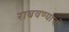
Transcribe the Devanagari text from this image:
राबवण्याची